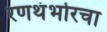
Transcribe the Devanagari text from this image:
रणथंभोरचा